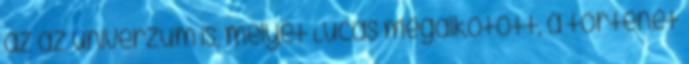
az az univerzum is, melyet Lucas megalkotott, a történet